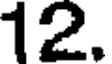
12.